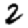
Digit: 2